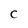
Character: c